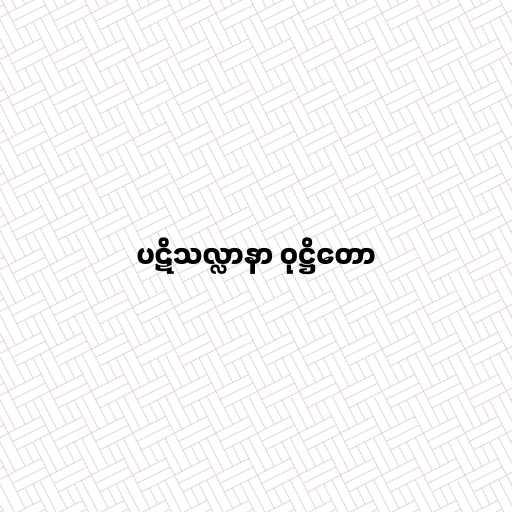
ပဋိသလ္လာနာ ဝုဋ္ဌိတော